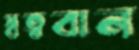
স্বত্ববান